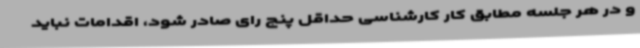
و در هر جلسه مطابق کار کارشناسی حداقل پنج رای صادر شود، اقدامات نباید